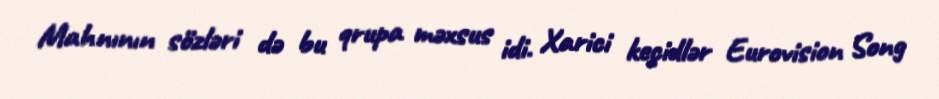
Mahnının sözləri də bu qrupa məxsus idi. Xarici keçidlər Eurovision Song